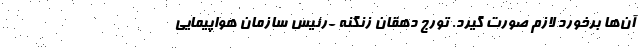
آن‌ها برخورد لازم صورت گیرد. تورج دهقان زنگنه -رئیس سازمان هواپیمایی